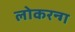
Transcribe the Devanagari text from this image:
लोकरन्ग